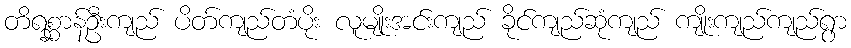
တိရစ္ဆာန်ဦးကျည် ပိတ်ကျည်တံပိုး လူမျိုးအင်းကျည် ခိုင်ကျည်ဆုံကျည် ကျိုးကျည်ကျည်ရွာ